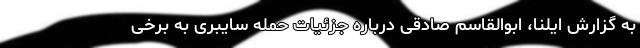
به گزارش ایلنا، ابوالقاسم صادقی درباره جزئیات حمله سایبری به برخی